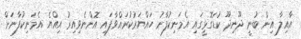
އާއިލާ އިން ބުނީ ދޫނިދޫ ކުޑަގޮޅީގައި އެމަނިކުފާނު ހައްޔަރުކުރައްވާފައި އޮންނެވިއިރު އިއްޔެ އެމަނިކުފާނަށް